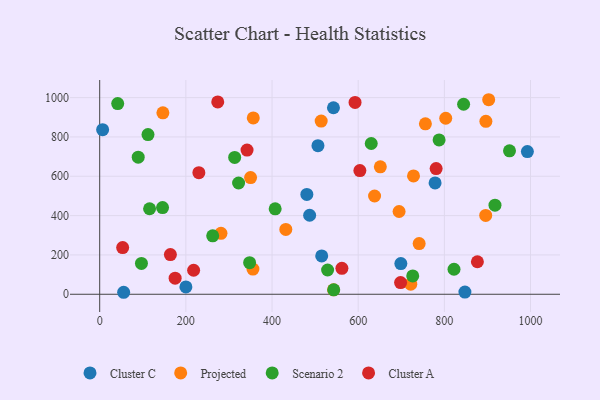
{"axis": {"x": "Ad Spend", "y": "Fuel Efficiency"}, "legend": ["Cluster A", "Cluster C", "Projected", "Scenario 2"], "data": [{"x": "55.6", "y": 10.1, "type": "Cluster C"}, {"x": "480.8", "y": 507.5, "type": "Cluster C"}, {"x": "992.7", "y": 725.7, "type": "Cluster C"}, {"x": "506.6", "y": 755.6, "type": "Cluster C"}, {"x": "778.5", "y": 566.2, "type": "Cluster C"}, {"x": "515.3", "y": 194.9, "type": "Cluster C"}, {"x": "487.3", "y": 401.7, "type": "Cluster C"}, {"x": "542.6", "y": 948.4, "type": "Cluster C"}, {"x": "699.0", "y": 156.0, "type": "Cluster C"}, {"x": "847.7", "y": 11.1, "type": "Cluster C"}, {"x": "6.8", "y": 836.9, "type": "Cluster C"}, {"x": "200.1", "y": 37.3, "type": "Cluster C"}, {"x": "514.1", "y": 880.9, "type": "Projected"}, {"x": "694.9", "y": 420.8, "type": "Projected"}, {"x": "651.4", "y": 648.3, "type": "Projected"}, {"x": "902.9", "y": 989.3, "type": "Projected"}, {"x": "803.2", "y": 895.1, "type": "Projected"}, {"x": "896.4", "y": 879.6, "type": "Projected"}, {"x": "741.5", "y": 257.8, "type": "Projected"}, {"x": "350.2", "y": 593.4, "type": "Projected"}, {"x": "728.4", "y": 601.8, "type": "Projected"}, {"x": "432.0", "y": 329.6, "type": "Projected"}, {"x": "281.5", "y": 309.7, "type": "Projected"}, {"x": "638.0", "y": 499.7, "type": "Projected"}, {"x": "722.0", "y": 51.3, "type": "Projected"}, {"x": "356.5", "y": 896.7, "type": "Projected"}, {"x": "355.7", "y": 128.3, "type": "Projected"}, {"x": "756.0", "y": 866.5, "type": "Projected"}, {"x": "146.7", "y": 922.9, "type": "Projected"}, {"x": "896.0", "y": 400.8, "type": "Projected"}, {"x": "542.8", "y": 22.6, "type": "Projected"}, {"x": "115.8", "y": 434.9, "type": "Scenario 2"}, {"x": "322.4", "y": 565.9, "type": "Scenario 2"}, {"x": "407.3", "y": 434.4, "type": "Scenario 2"}, {"x": "844.7", "y": 966.2, "type": "Scenario 2"}, {"x": "529.0", "y": 123.3, "type": "Scenario 2"}, {"x": "726.6", "y": 93.4, "type": "Scenario 2"}, {"x": "822.4", "y": 127.3, "type": "Scenario 2"}, {"x": "543.2", "y": 22.4, "type": "Scenario 2"}, {"x": "145.9", "y": 440.8, "type": "Scenario 2"}, {"x": "41.8", "y": 969.7, "type": "Scenario 2"}, {"x": "630.3", "y": 766.8, "type": "Scenario 2"}, {"x": "96.9", "y": 156.7, "type": "Scenario 2"}, {"x": "348.0", "y": 160.4, "type": "Scenario 2"}, {"x": "89.4", "y": 697.0, "type": "Scenario 2"}, {"x": "917.5", "y": 453.2, "type": "Scenario 2"}, {"x": "787.8", "y": 785.1, "type": "Scenario 2"}, {"x": "951.2", "y": 729.3, "type": "Scenario 2"}, {"x": "313.3", "y": 696.0, "type": "Scenario 2"}, {"x": "112.1", "y": 812.3, "type": "Scenario 2"}, {"x": "262.3", "y": 297.2, "type": "Scenario 2"}, {"x": "698.4", "y": 59.2, "type": "Cluster A"}, {"x": "780.9", "y": 639.0, "type": "Cluster A"}, {"x": "342.0", "y": 733.1, "type": "Cluster A"}, {"x": "164.1", "y": 201.8, "type": "Cluster A"}, {"x": "876.7", "y": 165.4, "type": "Cluster A"}, {"x": "562.2", "y": 131.9, "type": "Cluster A"}, {"x": "230.2", "y": 618.1, "type": "Cluster A"}, {"x": "274.0", "y": 978.2, "type": "Cluster A"}, {"x": "592.7", "y": 975.5, "type": "Cluster A"}, {"x": "175.1", "y": 81.6, "type": "Cluster A"}, {"x": "603.9", "y": 629.1, "type": "Cluster A"}, {"x": "53.3", "y": 237.6, "type": "Cluster A"}, {"x": "218.0", "y": 122.2, "type": "Cluster A"}]}